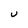
Character: U